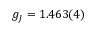
g _ { J } = 1 . 4 6 3 ( 4 )